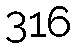
316